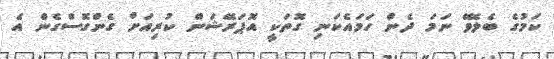
ކަމުގެ ބެލެވޭ ނަމަ ދެން ހަމައެކަނި ގޮތަކީ އޮޕަރޭޝަން ކުރިއަށް ގެންގޮސްގެން އެ